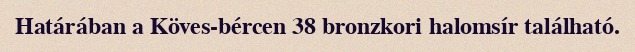
Határában a Köves-bércen 38 bronzkori halomsír található.